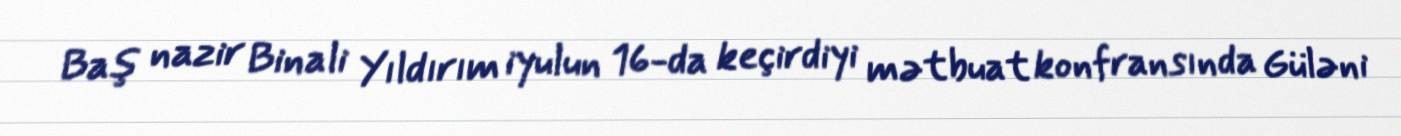
Baş nazir Binali Yıldırım iyulun 16-da keçirdiyi mətbuat konfransında Güləni